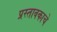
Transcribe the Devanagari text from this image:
प्रस्तावकाचे